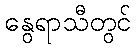
နွေရာသီတွင်